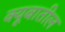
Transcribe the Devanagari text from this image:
क्यूबातील